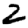
Digit: 2